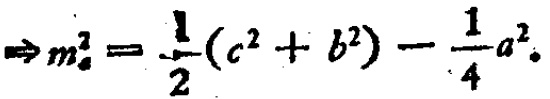
\(\Rightarrow m_{a}^{2}=\frac{1}{2}(c^{2}+b^{2})-\frac{1}{4}a^{2}.\)